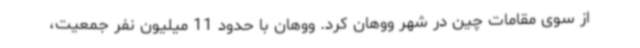
از سوی مقامات چین در شهر ووهان کرد. ووهان با حدود 11 میلیون نفر جمعیت،